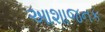
આશાજનક